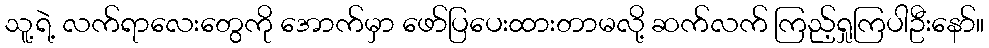
သူ့ရဲ့ လက်ရာလေးတွေကို အောက်မှာ ဖော်ပြပေးထားတာမလို့ ဆက်လက် ကြည့်ရှုကြပါဦးနော်။